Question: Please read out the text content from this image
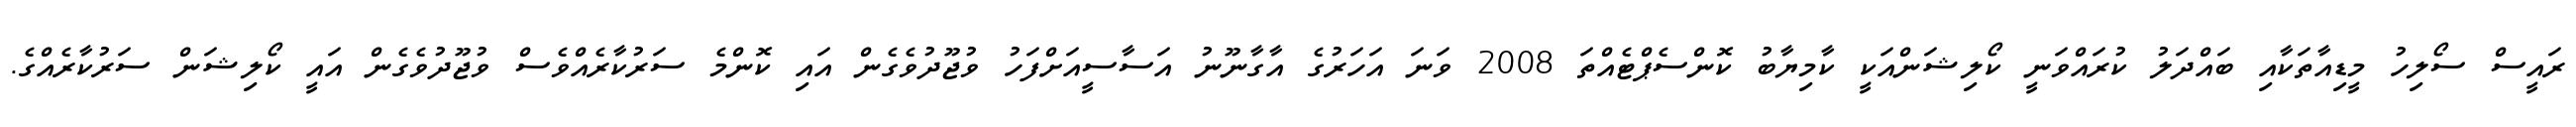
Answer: ރައީސް ސޯލިހު މީޑިއާތަކާއި ބައްދަލު ކުރައްވަނީ ކޯލިޝަންއަކީ ކާމިޔާބު ކޮންސެޕްޓެއްތަ 2008 ވަނަ އަހަރުގެ އާގާނޫނު އަސާސީއަށްފަހު ވުޖޫދުވެގެން އައި ކޮންމެ ސަރުކާރެއްވެސް ވުޖޫދުވެގެން އައީ ކޯލިޝަން ސަރުކާރެއްގެ.